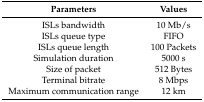
| Parameters | Values |
 | --- | --- |
 | ISLs bandwidth | 10 Mb/s |
 | ISLs queue type | FIFO |
 | ISLs queue length | 100 Packets |
 | Simulation duration | 5000 s |
 | Size of packet | 512 Bytes |
 | Terminal bitrate | 8 Mbps |
 | Maximum communication range | 12 km |